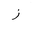
Letter: _zay